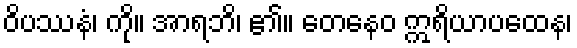
ဝိပဿနံ၊ ကို။ အာရဘိ၊ ၏။ တေနေဝ ဣရိယာပထေန၊